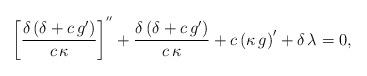
LaTeX: \begin{align*} \left[ \frac{\delta \left (\delta+ c \, g'\right)}{c \, \kappa} \right]^{''}+\frac{\delta \left (\delta+ c \, g'\right)}{c \, \kappa}+c\left(\kappa \, g \right)'+\delta \, \lambda=0, \end{align*}